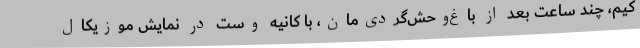
کیم، چند ساعت بعد از باغ‌وحش‌گردی‌مان، با کانیه وست در نمایش موزیکال